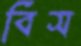
বিস